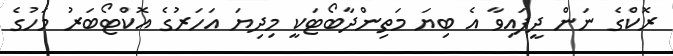
ރޮކްގެ ނަން ދީފައިވާ އެ ބިޔަ މަތިންދާބޯޓަކީ މިދިޔަ އަހަރުގެ އޮކްޓޯބަރު މަހުގެ